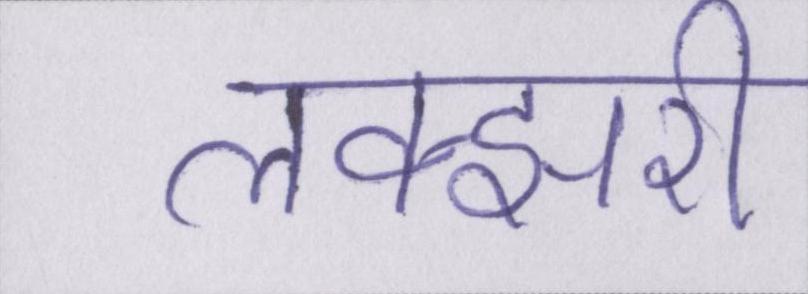
लक्झरी